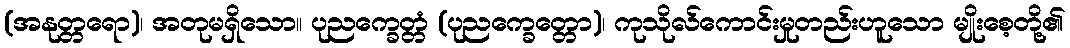
(အနုတ္တရော)၊ အတုမရှိသော။ ပုညက္ခေတ္တံ (ပုညက္ခေတ္တော)၊ ကုသိုလ်ကောင်းမှုတည်းဟူသော မျိုးစေ့တို့၏